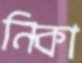
নিকা